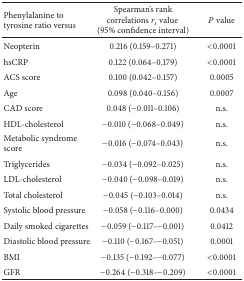
| Phenylalanine to tyrosine ratio versus | Spearman's rank correlations rs value (95% confidence interval) | P value |
 | --- | --- | --- |
 | Neopterin | 0.216 (0.159–0.271) | <0.0001 |
 | hsCRP | 0.122 (0.064–0.179) | <0.0001 |
 | ACS score | 0.100 (0.042–0.157) | 0.0005 |
 | Age | 0.098 (0.040–0.156) | 0.0007 |
 | CAD score | 0.048 (−0.011–0.106) | n.s. |
 | HDL-cholesterol | −0.010 (−0.068–0.049) | n.s. |
 | Metabolic syndrome score | −0.016 (−0.074–0.043) | n.s. |
 | Triglycerides | −0.034 (−0.092–0.025) | n.s. |
 | LDL-cholesterol | −0.040 (−0.098–0.019) | n.s. |
 | Total cholesterol | −0.045 (−0.103–0.014) | n.s. |
 | Systolic blood pressure | −0.058 (−0.116–0.000) | 0.0434 |
 | Daily smoked cigarettes | −0.059 (−0.117–−0.001) | 0.0412 |
 | Diastolic blood pressure | −0.110 (−0.167–−0.051) | 0.0001 |
 | BMI | −0.135 (−0.192–−0.077) | <0.0001 |
 | GFR | −0.264 (−0.318–−0.209) | <0.0001 |